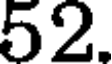
52.